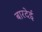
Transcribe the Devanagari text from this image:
बारदेई